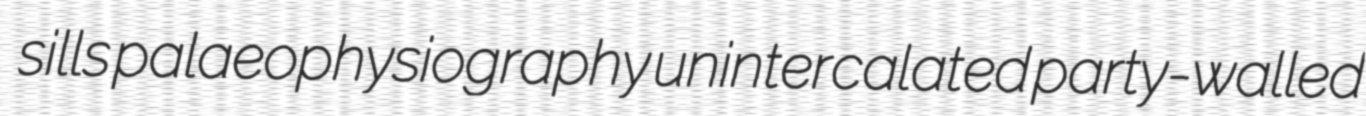
sills palaeophysiography unintercalated party-walled